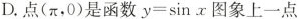
D.点(π，0)是函数$$y = \sin x$$图象上一点